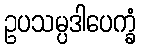
ဥပသမ္ပဒါပေက္ခံ